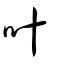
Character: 叶